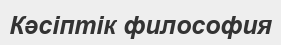
Кәсіптік философия